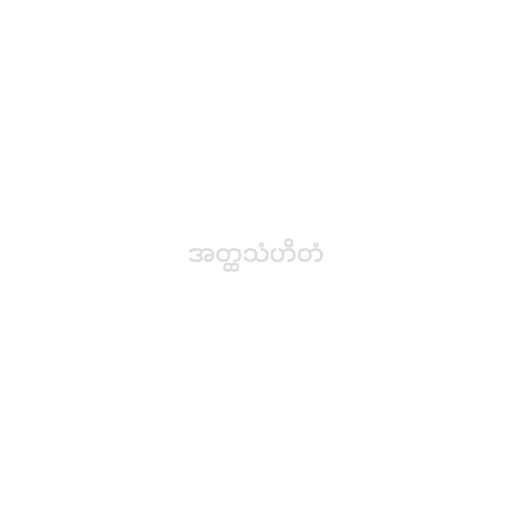
အတ္ထသံဟိတံ